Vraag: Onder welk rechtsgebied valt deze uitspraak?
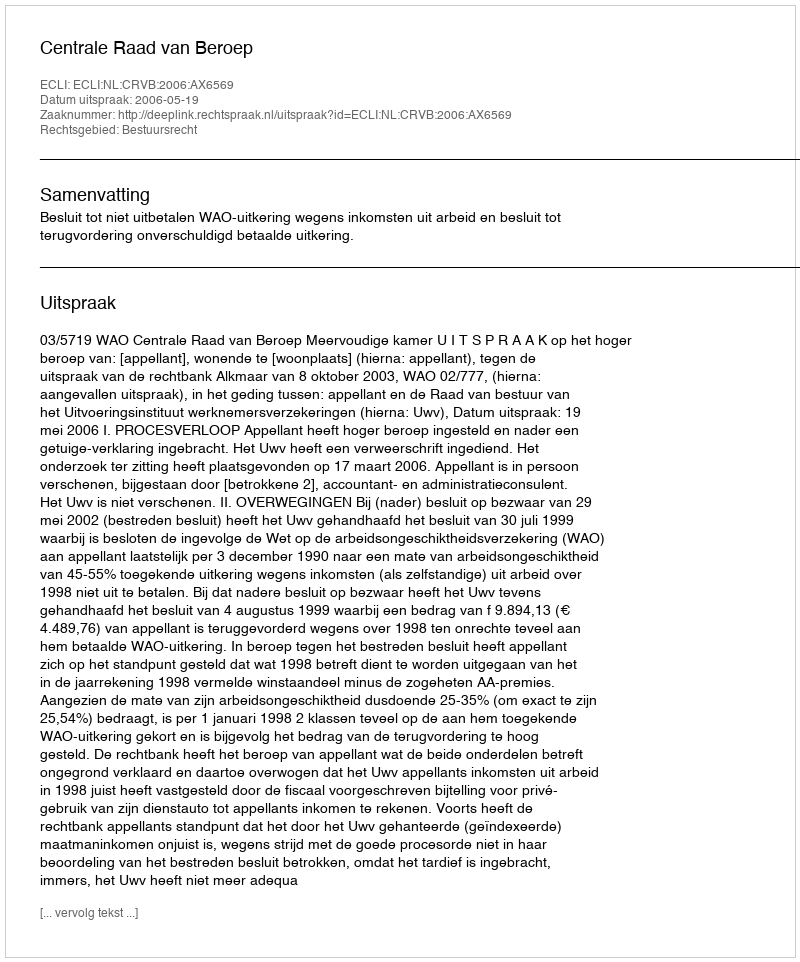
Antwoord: Bestuursrecht